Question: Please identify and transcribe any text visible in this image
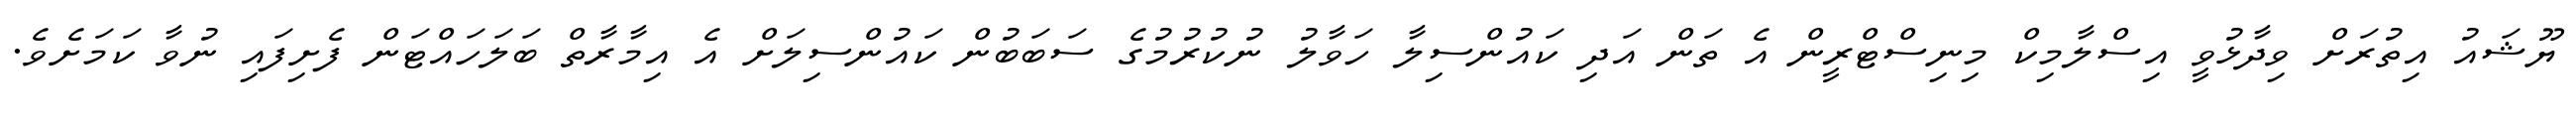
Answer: ޔޫޝައު އިތުރަށް ވިދާޅުވީ އިސްލާމިކް މިނިސްޓްރީން އެ ތަން އަދި ކައުންސިލާ ހަވާލު ނުކުރުމުގެ ސަބަބުން ކައުންސިލަށް އެ އިމާރާތް ބަލަހައްޓަން ފެށިފައި ނުވާ ކަމަށެވެ.